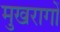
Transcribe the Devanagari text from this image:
मुखरागों